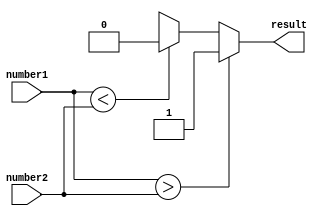
module signed_comparator (
    input signed [31:0] number1,
    input signed [31:0] number2,
    output reg result
);

always @ (*) begin
    if (number1 > number2) begin
        result <= 1'b1; // number1 is greater than number2
    end else if (number1 < number2) begin
        result <= 1'b0; // number1 is less than number2
    end else begin
        result <= 1'bx; // numbers are equal
    end
end

endmodule